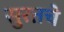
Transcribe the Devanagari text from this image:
सुरतचे